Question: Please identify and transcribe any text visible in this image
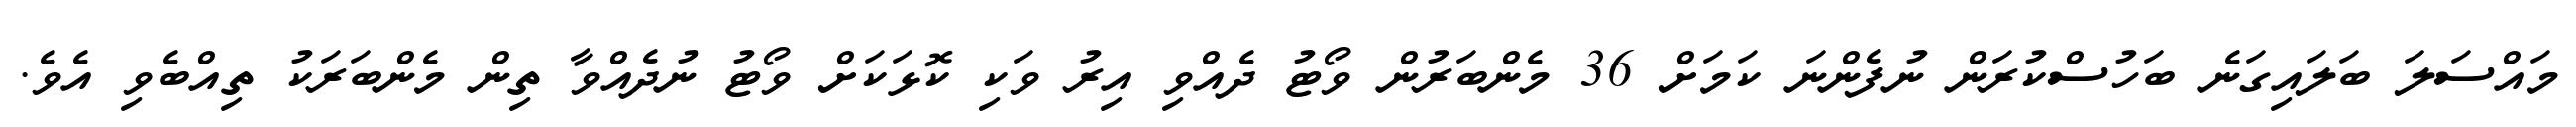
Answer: މައްސަލަ ބަލައިގަނެ ބަހުސްކުރަން ނުފެންނަ ކަމަށް 36 މެންބަރުން ވޯޓު ދެއްވި އިރު ވަކި ކޮޅަކަށް ވޯޓު ނުދެއްވާ ތިން މެންބަރަކު ތިއްބެވި އެވެ.